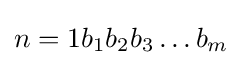
n=1b_{1}b_{2}b_{3}\dots b_{m}